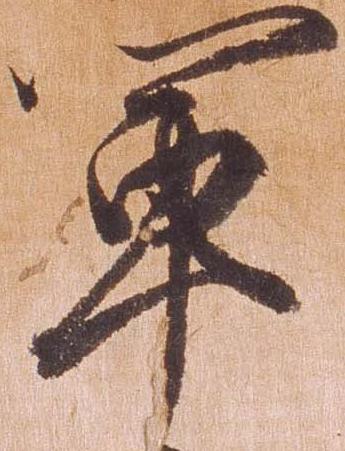
軍